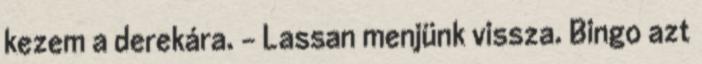
kezem a derekára. - Lassan menjünk vissza. Bingo azt